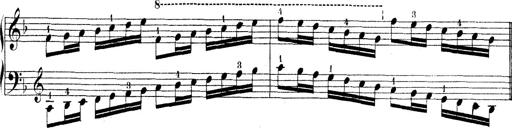
Title: Technische Studien
Composer: Franz Liszt